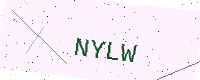
Text: NYLW